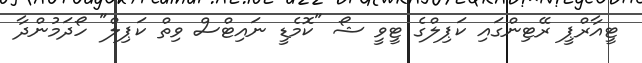
ޓީއާރްޕީ ރޭޓިންގައި ކަޕިލްގެ ޓީވީ ޝޯ "ކޮމެޑީ ނައިޓްސް ވިތް ކަޕިލް" ހޯދަމުންދާ